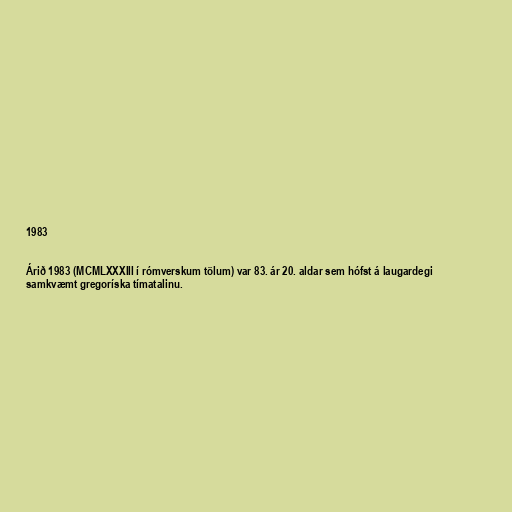
1983

Árið 1983 (MCMLXXXIII í rómverskum tölum) var 83. ár 20. aldar sem hófst á laugardegi
samkvæmt gregoríska tímatalinu.